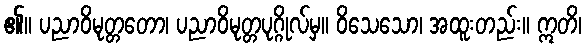
၏။ ပညာဝိမုတ္တတော၊ ပညာဝိမုတ္တပုဂ္ဂိုလ်မှ။ ဝိသေသော၊ အထူးတည်း။ ဣတိ၊